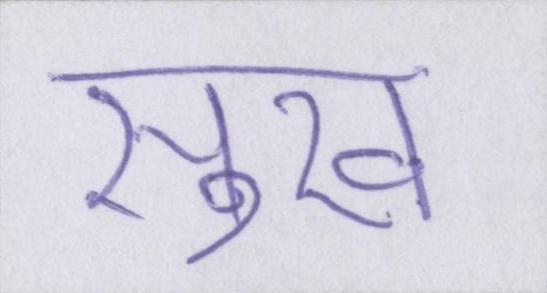
सुख